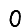
Digit: 0